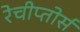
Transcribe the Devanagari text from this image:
रेचीप्तोर्स